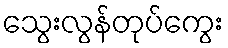
သွေးလွန်တုပ်ကွေး